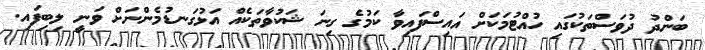
ބަންދު ދުވަސްތަކުގައި ހުއްޓުމަކަށް އައިސްފައިވާ ކަމުގެ ގިނަ ޝަކުވާތަކެއް އަޅުގަނޑުމެންނަށް ވަނީ ލިބިފައި.